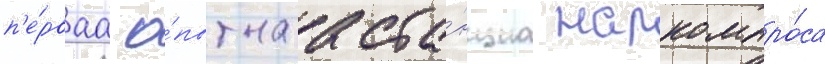
п'е́рваа о́пытнаа ста́нциа наркомпро́са